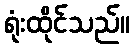
ရုံးထိုင်သည်။